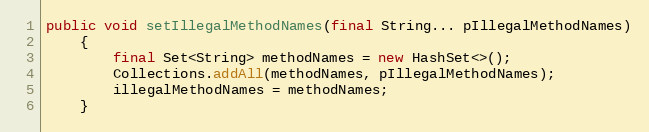
Language: Java
public void setIllegalMethodNames(final String... pIllegalMethodNames)
    {
        final Set<String> methodNames = new HashSet<>();
        Collections.addAll(methodNames, pIllegalMethodNames);
        illegalMethodNames = methodNames;
    }